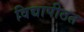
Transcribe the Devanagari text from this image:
विद्यापीठत